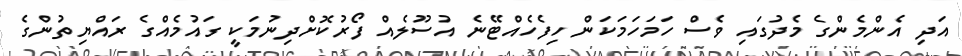
އަދި އެންމެންގެ މެދުގައި ވެސް ހަމަހަމަކަން ހިފެހެއްޓޭނެ އުސޫލެއް ފޯރުކޮށްދިނުމަކީ ގައުމެއްގެ ރައްޔިތުންގެ